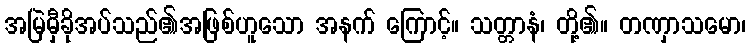
အမြဲမှီခိုအပ်သည်၏အဖြစ်ဟူသော အနက် ကြောင့်။ သတ္တာနံ၊ တို့၏။ တဏှာသမော၊